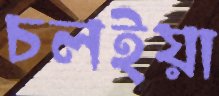
চলইয়া